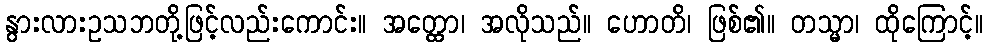
နွားလားဥသဘတို့ဖြင့်လည်းကောင်း။ အတ္ထော၊ အလိုသည်။ ဟောတိ၊ ဖြစ်၏။ တသ္မာ၊ ထိုကြောင့်။